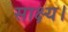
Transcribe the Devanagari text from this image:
साक्ष्य।